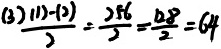
( 3 ) \frac { ( 1 ) - ( 2 ) } { 2 } = \frac { 2 5 6 } { 2 } = \frac { 1 2 8 } { 2 } = 6 4